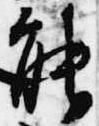
能